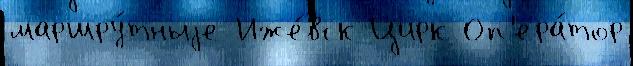
маршру́тныjе Иже́вск Цирк Оп'ера́тор